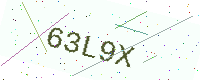
Text: 63L9X